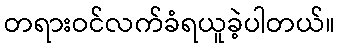
တရားဝင်လက်ခံရယူခဲ့ပါတယ်။